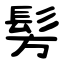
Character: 髣